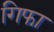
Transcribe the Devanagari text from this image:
गिफा